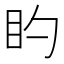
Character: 𪾠